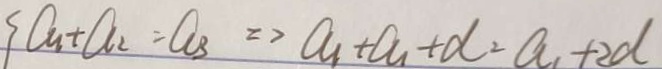
a _ { 1 } + a _ { 2 } = a _ { 3 } \Rightarrow a _ { 1 } + a _ { 1 } + d = a _ { 1 } + 2 d